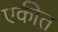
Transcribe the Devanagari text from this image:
एकीत